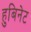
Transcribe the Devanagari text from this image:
हुबिनेट